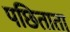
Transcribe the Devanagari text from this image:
पछिताता